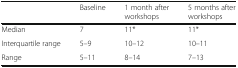
|  | Baseline | 1 month after workshops | 5 months after workshops |
 | --- | --- | --- | --- |
 | Median | 7 | 11* | 11* |
 | Interquartile range | 5–9 | 10–12 | 10–11 |
 | Range | 5–11 | 8–14 | 7–13 |